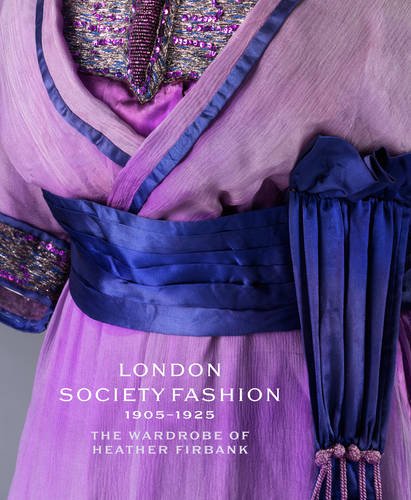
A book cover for London Society Fashion 1905EE1925: The Wardrobe of Heather Firbank; Cassie Davies-Strodder; Arts & Photography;